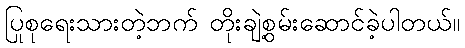
ပြုစုရေးသားတဲ့ဘက် တိုးချဲ့စွမ်းဆောင်ခဲ့ပါတယ်။